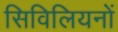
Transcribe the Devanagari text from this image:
सिविलियनों